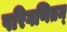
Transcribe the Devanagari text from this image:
परिगणितम्